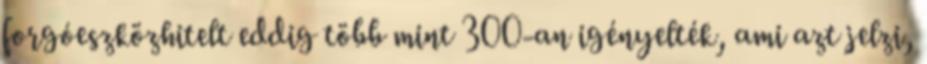
forgóeszközhitelt eddig több mint 300-an igényelték, ami azt jelzi,